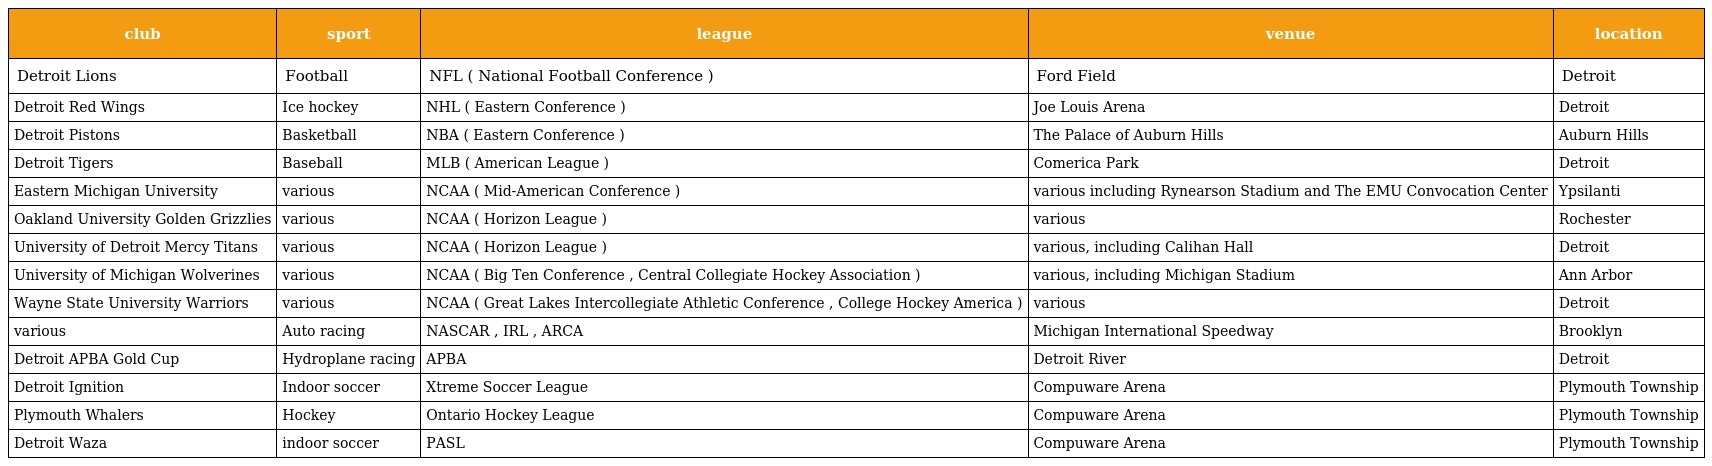
| club | sport | league | venue | location |
 | --- | --- | --- | --- | --- |
 | Detroit Lions | Football | NFL ( National Football Conference ) | Ford Field | Detroit |
 | Detroit Red Wings | Ice hockey | NHL ( Eastern Conference ) | Joe Louis Arena | Detroit |
 | Detroit Pistons | Basketball | NBA ( Eastern Conference ) | The Palace of Auburn Hills | Auburn Hills |
 | Detroit Tigers | Baseball | MLB ( American League ) | Comerica Park | Detroit |
 | Eastern Michigan University | various | NCAA ( Mid-American Conference ) | various including Rynearson Stadium and The EMU Convocation Center | Ypsilanti |
 | Oakland University Golden Grizzlies | various | NCAA ( Horizon League ) | various | Rochester |
 | University of Detroit Mercy Titans | various | NCAA ( Horizon League ) | various, including Calihan Hall | Detroit |
 | University of Michigan Wolverines | various | NCAA ( Big Ten Conference , Central Collegiate Hockey Association ) | various, including Michigan Stadium | Ann Arbor |
 | Wayne State University Warriors | various | NCAA ( Great Lakes Intercollegiate Athletic Conference , College Hockey America ) | various | Detroit |
 | various | Auto racing | NASCAR , IRL , ARCA | Michigan International Speedway | Brooklyn |
 | Detroit APBA Gold Cup | Hydroplane racing | APBA | Detroit River | Detroit |
 | Detroit Ignition | Indoor soccer | Xtreme Soccer League | Compuware Arena | Plymouth Township |
 | Plymouth Whalers | Hockey | Ontario Hockey League | Compuware Arena | Plymouth Township |
 | Detroit Waza | indoor soccer | PASL | Compuware Arena | Plymouth Township |